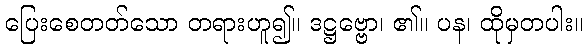
ပြေးစေတတ်သော တရားဟူ၍။ ဒဋ္ဌဗ္ဗော၊ ၏။ ပန၊ ထိုမှတပါး။